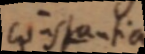
constantia